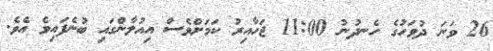
26 ވަނަ ދުވަހުގެ ހެނދުނު 11:00 ޖަހާއިރު ކަމަށްވެސް އިއުލާންގައި ބުނެފައިވެ އެވެ.